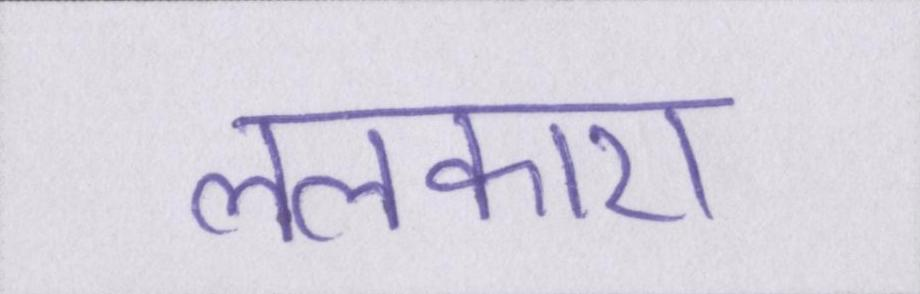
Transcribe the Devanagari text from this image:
ललकारा